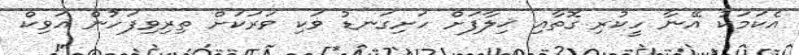
އެކަމަކު އޭނާ ހީކުރި ގޮތާއި ޚިލާފަށް ހަށިގަނޑު ވަކި ވަރަކަށް ތިރިވިފަހުން އަވިކް